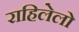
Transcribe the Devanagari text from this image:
राहिलेलो